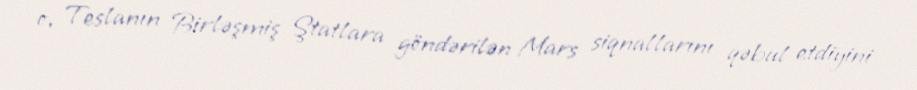
o, Teslanın Birləşmiş Ştatlara göndərilən Mars siqnallarını qəbul etdiyini